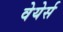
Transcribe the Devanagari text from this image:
वेयेर्स